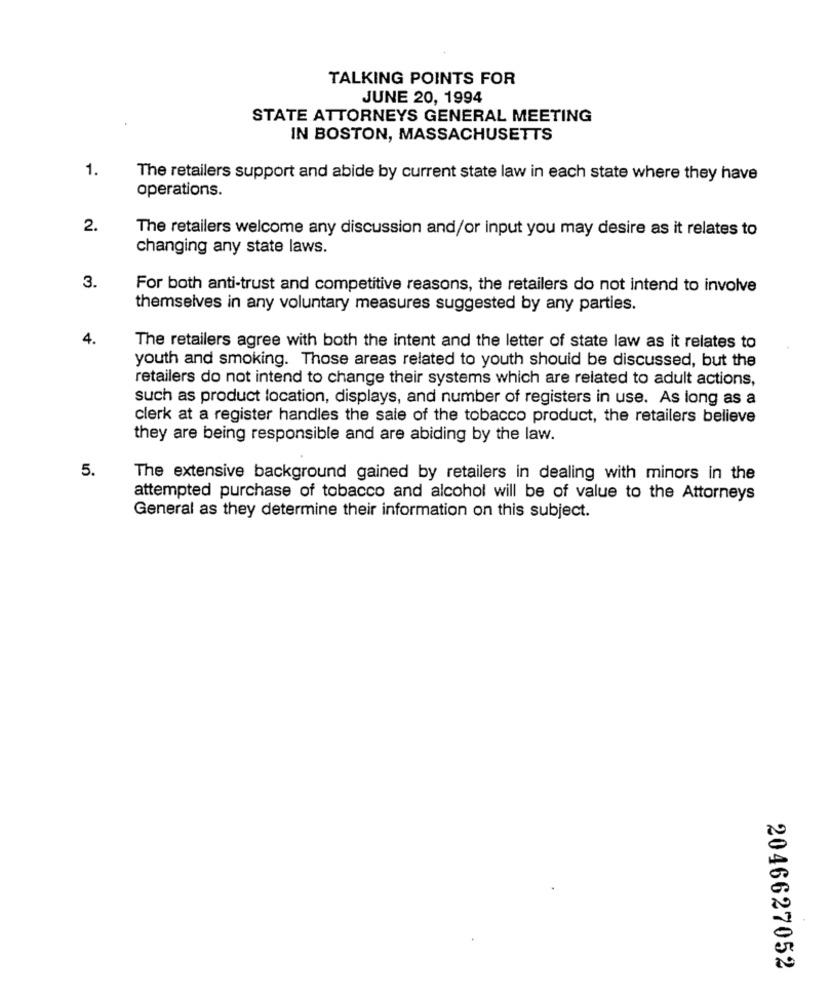
TALKING POINTS FOR
JUNE 20, 1994
STATE ATTORNEYS GENERAL MEETING
IN BOSTON, MASSACHUSETTS
1.
The retailers support and abide by current state law in each state where they have
operations.
2.
The retailers welcome any discussion and/or input you may desire as it relates to
changing any state laws.
3.
For both anti-trust and competitive reasons, the retailers do not intend to involve
themselves in any voluntary measures suggested by any parties.
4.
The retailers agree with both the intent and the letter of state law as it relates to
youth and smoking. Those areas related to youth should be discussed, but the
retailers do not intend to change their systems which are related to adult actions,
such as product location, displays, and number of registers in use. As long as a
clerk at a register handles the sale of the tobacco product, the retailers believe
they are being responsible and are abiding by the law.
5.
The extensive background gained by retailers in dealing with minors in the
attempted purchase of tobacco and alcohol will be of value to the Attorneys
General as they determine their information on this subject.
2046627052